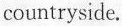
countryside.